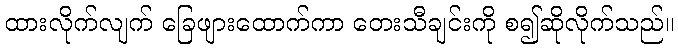
ထားလိုက်လျက် ခြေဖျားထောက်ကာ တေးသီချင်းကို စ၍ဆိုလိုက်သည်။